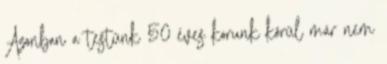
Azonban a testünk 50 éves korunk körül már nem